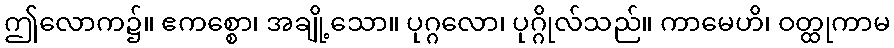
ဤလောက၌။ ဧကစ္စော၊ အချို့သော။ ပုဂ္ဂလော၊ ပုဂ္ဂိုလ်သည်။ ကာမေဟိ၊ ဝတ္ထုကာမ